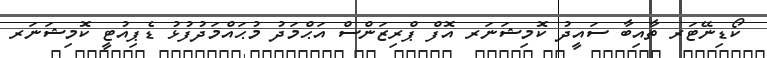
ކޯޑިނޭޓަރ ތާއިބާ ސައީދު ކޮމިޝަނަރ އޮފް ޕްރިޒަންސް އަޙްމަދު މުޙައްމަދުފުޅު ޑެޕިއުޓީ ކޮމިޝަނަރ